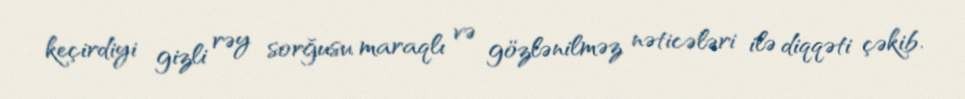
keçirdiyi gizli rəy sorğusu maraqlı və gözlənilməz nəticələri ilə diqqəti çəkib.